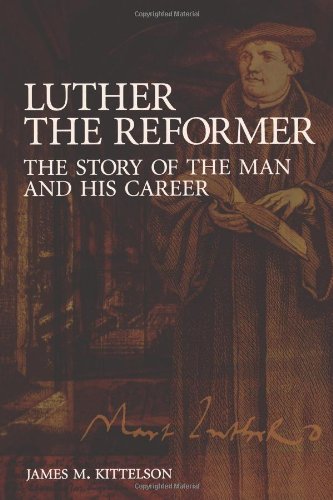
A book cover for Luther the Reformer: The Story of the Man and His Career; James M. Kittelson; Christian Books & Bibles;